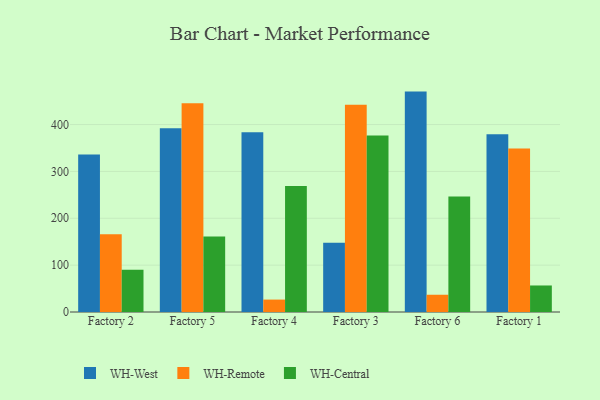
{"axis": {"x": "Factory", "y": "Budget (USD K)"}, "legend": ["WH-Central", "WH-Remote", "WH-West"], "data": [{"x": "Factory 2", "y": 336.3, "type": "WH-West"}, {"x": "Factory 2", "y": 165.9, "type": "WH-Remote"}, {"x": "Factory 2", "y": 90.2, "type": "WH-Central"}, {"x": "Factory 5", "y": 392.1, "type": "WH-West"}, {"x": "Factory 5", "y": 445.7, "type": "WH-Remote"}, {"x": "Factory 5", "y": 161.0, "type": "WH-Central"}, {"x": "Factory 4", "y": 383.3, "type": "WH-West"}, {"x": "Factory 4", "y": 26.5, "type": "WH-Remote"}, {"x": "Factory 4", "y": 268.6, "type": "WH-Central"}, {"x": "Factory 3", "y": 147.8, "type": "WH-West"}, {"x": "Factory 3", "y": 442.1, "type": "WH-Remote"}, {"x": "Factory 3", "y": 376.4, "type": "WH-Central"}, {"x": "Factory 6", "y": 470.3, "type": "WH-West"}, {"x": "Factory 6", "y": 36.8, "type": "WH-Remote"}, {"x": "Factory 6", "y": 246.4, "type": "WH-Central"}, {"x": "Factory 1", "y": 379.4, "type": "WH-West"}, {"x": "Factory 1", "y": 348.8, "type": "WH-Remote"}, {"x": "Factory 1", "y": 56.6, "type": "WH-Central"}]}